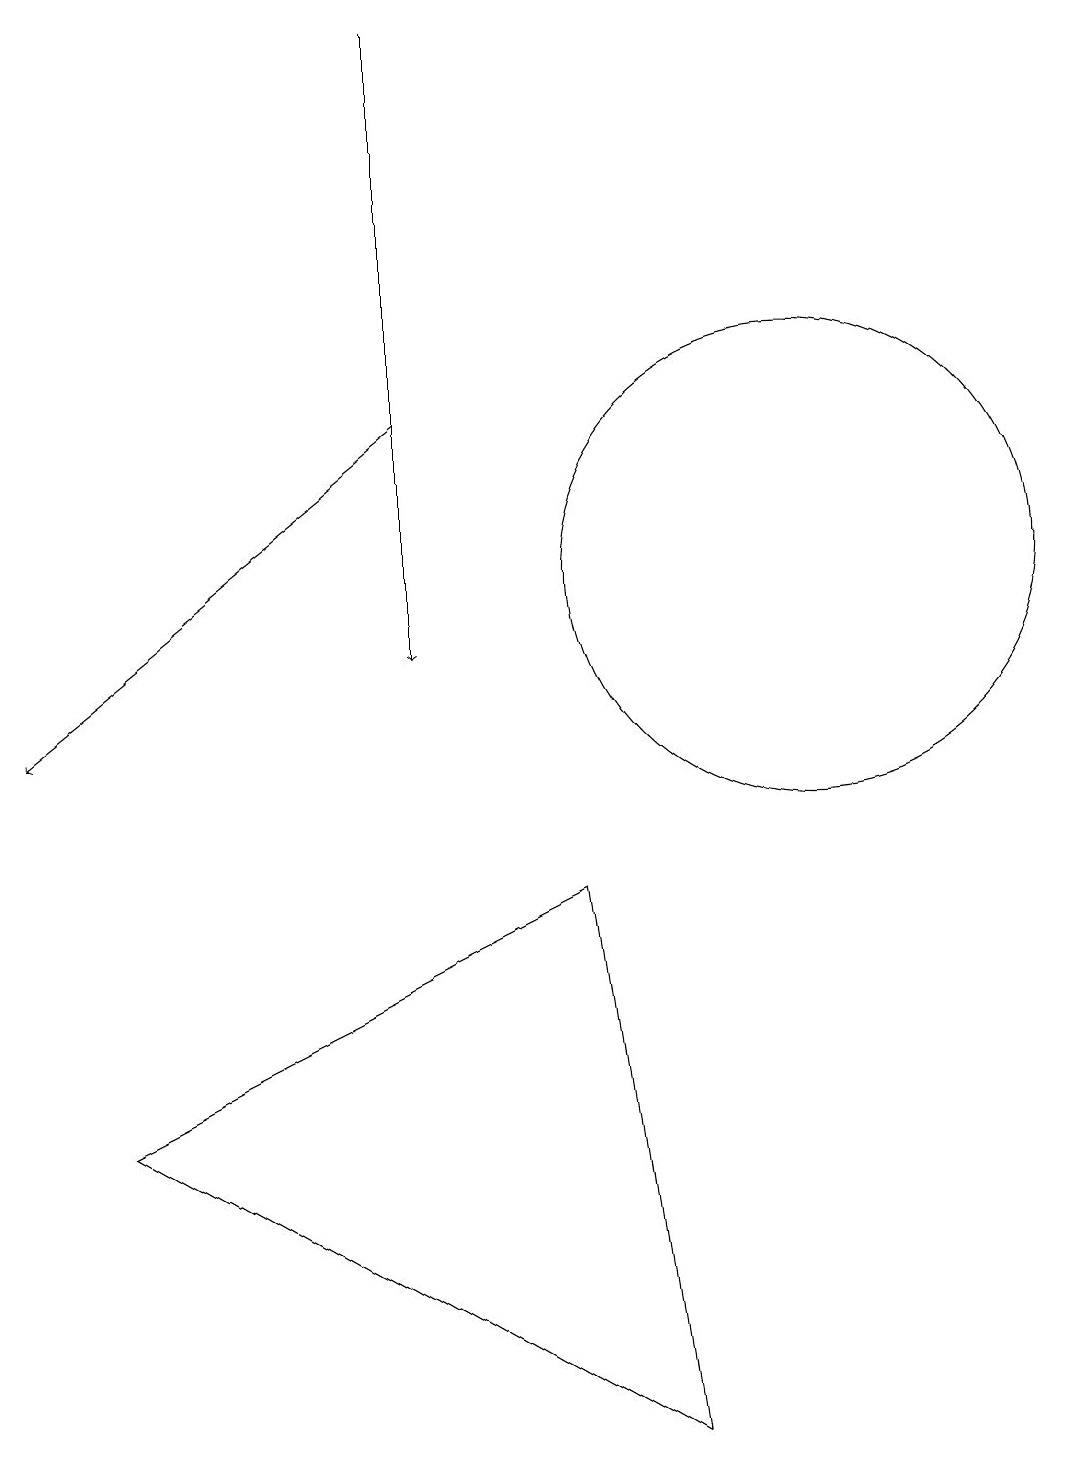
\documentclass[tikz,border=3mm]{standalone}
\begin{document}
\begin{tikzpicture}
\draw[->] (6,19) -- (6,11);
\draw[->] (6,14) -- (1,10);
\draw (2,5) -- (9,1) -- (8,8) -- cycle;
\draw (12,11) circle (0);
\draw (11,12) circle (3);
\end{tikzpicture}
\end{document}